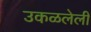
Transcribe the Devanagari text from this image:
उकळलेली